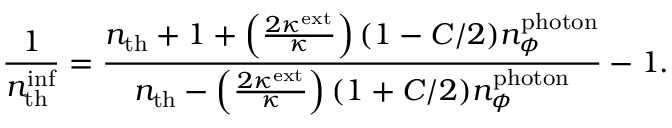
\frac { 1 } { n _ { \mathrm { t h } } ^ { \mathrm { i n f } } } = \frac { n _ { \mathrm { t h } } + 1 + \left( \frac { 2 \kappa ^ { \mathrm { e x t } } } { \kappa } \right) ( 1 - C / 2 ) n _ { \phi } ^ { \mathrm { p h o t o n } } } { n _ { \mathrm { t h } } - \left( \frac { 2 \kappa ^ { \mathrm { e x t } } } { \kappa } \right) ( 1 + C / 2 ) n _ { \phi } ^ { \mathrm { p h o t o n } } } - 1 .